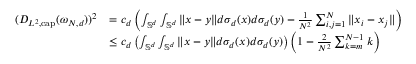
\begin{array} { r l } { ( D _ { L ^ { 2 } , { \tiny \mathrm { c a p } } } ( \omega _ { N , d } ) ) ^ { 2 } } & { = c _ { d } \left( \int _ { \mathbb { S } ^ { d } } \int _ { \mathbb { S } ^ { d } } \| x - y \| d \sigma _ { d } ( x ) d \sigma _ { d } ( y ) - \frac { 1 } { N ^ { 2 } } \sum _ { i , j = 1 } ^ { N } \| x _ { i } - x _ { j } \| \right) } \\ & { \leq c _ { d } \left( \int _ { \mathbb { S } ^ { d } } \int _ { \mathbb { S } ^ { d } } \| x - y \| d \sigma _ { d } ( x ) d \sigma _ { d } ( y ) \right) \left( 1 - \frac { 2 } { N ^ { 2 } } \sum _ { k = m } ^ { N - 1 } k \right) } \end{array}